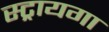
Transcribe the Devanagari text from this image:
स्ट्रायगा